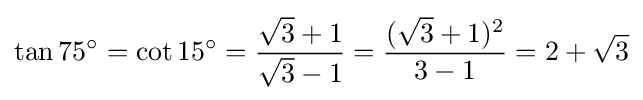
\tan 75^{\circ }=\cot 15^{\circ }={\frac {{\sqrt {3}}+1}{{\sqrt {3}}-1}}={\frac {({\sqrt {3}}+1)^{2}}{3-1}}=2+{\sqrt {3}}